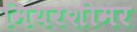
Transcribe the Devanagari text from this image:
मियरशीमर